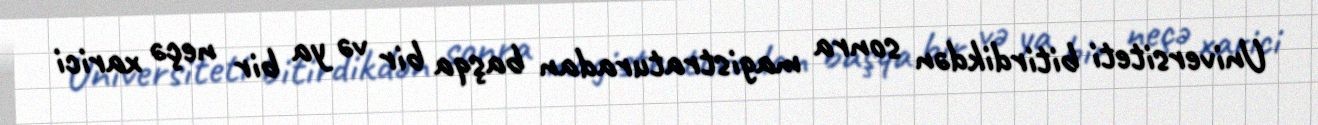
Universiteti bitirdikdən sonra magistraturadan başqa bir və ya bir neçə xarici